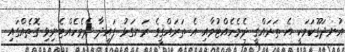
އުނދަގޫކަމަކީ އެ ތަރައްޤީ ދެމެހެއްޓުމާއި އެ ތަރައްޤީގެ ރަނގަޅު ފައިދާ ދެމެހެއްޓެނިވި ގޮތެއްގައި